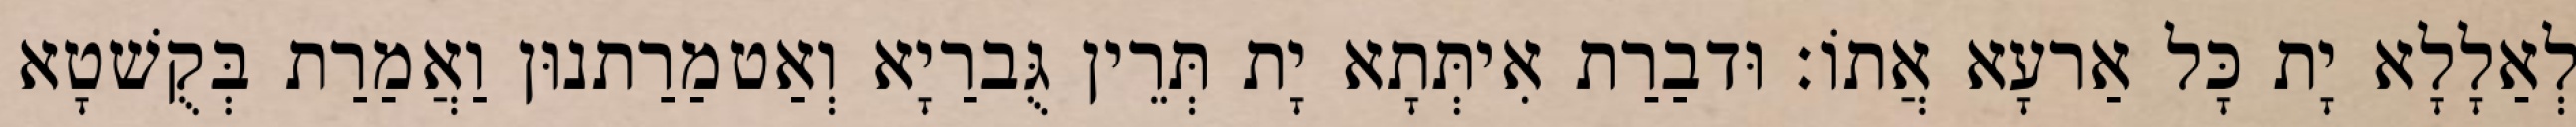
לְאַלָלָא יָת כָּל אַרעָא אֲתוֹ׃ וּדבַרַת אִיתְּתָא יָת תְּרֵין גֻּברַיָא וְאַטמַרַתנוּן וַאֲמַרַת בְּקֻשׁטָא